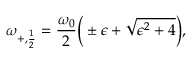
\omega _ { + , \frac { 1 } { 2 } } = \frac { \omega _ { 0 } } { 2 } \bigg ( \pm \epsilon + \sqrt { \epsilon ^ { 2 } + 4 } \bigg ) ,